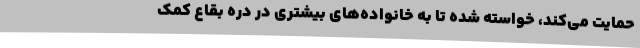
حمایت می‌کند، خواسته شده تا به خانواده‌های بیشتری در دره بقاع کمک